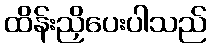
ထိန်းညှိပေးပါသည်